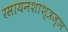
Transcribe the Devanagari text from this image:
रसायनशाश्त्रज्ञ